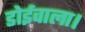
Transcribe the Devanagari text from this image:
डोईवाला।